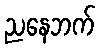
ညနေဘက်